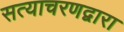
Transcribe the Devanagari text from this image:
सत्याचरणद्वारा